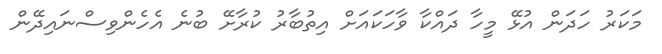
މަކަރު ހަދަން އުޅޭ މީހާ ދައްކާ ވާހަކައަށް އިތުބާރު ކުރާށޭ ބުނެ އެހެންވިސްނައިދޭން